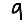
Digit: 9